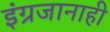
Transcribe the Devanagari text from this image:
इंग्रजानाही